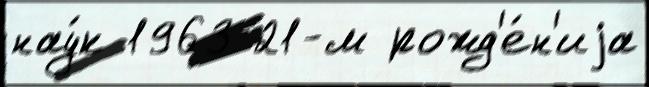
нау́к 1963 21-м рожд'е́н'иjа